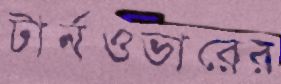
টার্নওভারের